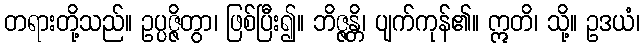
တရားတို့သည်။ ဥပ္ပဇ္ဇိတွာ၊ ဖြစ်ပြီး၍။ ဘိဇ္ဇန္တိ၊ ပျက်ကုန်၏။ ဣတိ၊ သို့။ ဥဒယံ၊